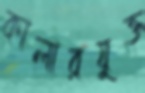
কালারযুক্ত